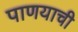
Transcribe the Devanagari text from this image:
पाणयाची